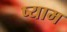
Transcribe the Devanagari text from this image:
ष्याम